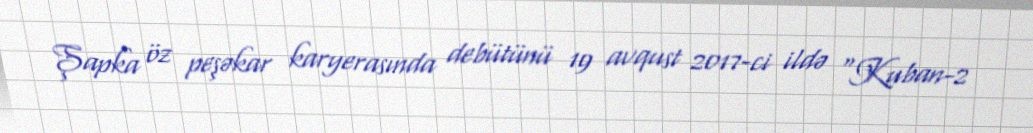
Şapka öz peşəkar karyerasında debütünü 19 avqust 2017-ci ildə "Kuban-2